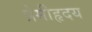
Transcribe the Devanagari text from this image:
प्रेमीहृदय